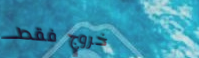
خروج فقط